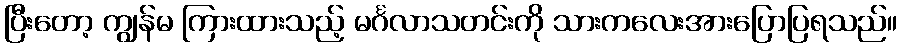
ပြီးတော့ ကျွန်မ ကြားထားသည့် မင်္ဂလာသတင်းကို သားကလေးအားပြောပြရသည်။